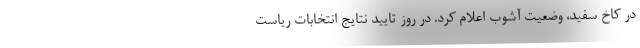
در کاخ سفید، وضعیت آشوب اعلام کرد. در روز تایید نتایج انتخابات ریاست